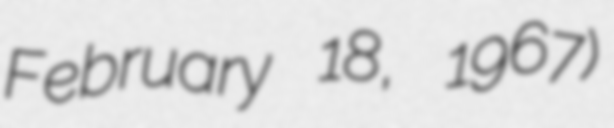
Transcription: February 18, 1967)